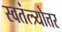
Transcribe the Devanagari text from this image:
स्वतंत्त्र्योत्तर